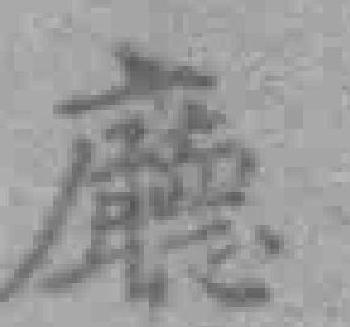
廳